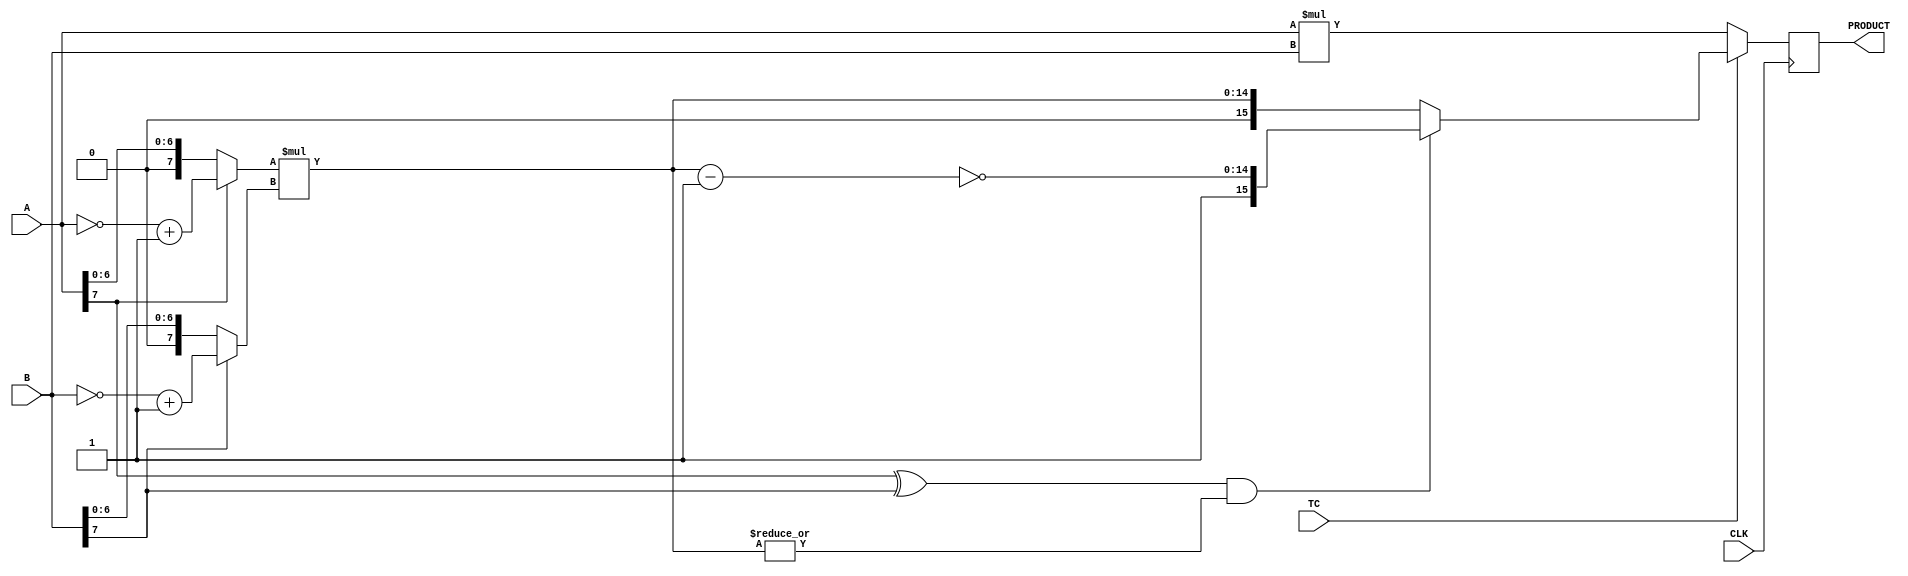
////////////////////////////////////////////////////////////////////////////////
//
//       This confidential and proprietary software may be used only
//     as authorized by a licensing agreement from Synopsys Inc.
//     In the event of publication, the following notice is applicable:
//
//                    (C) COPYRIGHT 1995 - 2015 SYNOPSYS INC.
//                           ALL RIGHTS RESERVED
//
//       The entire notice above must be reproduced on all authorized
//     copies.
//
//
// VERSION:   Simulation Architecture
//
// DesignWare_version: 5480fc40
// DesignWare_release: J-2014.09-DWBB_201409.2
//
////////////////////////////////////////////////////////////////////////////////
//-----------------------------------------------------------------------------------
//
// ABSTRACT:  Two-Stage Pipelined Multiplier
//           A_width-Bits * B_width-Bits => A_width+B_width Bits
//           Operands A and B can be either both signed (two's complement) or 
//	     both unsigned numbers. TC determines the coding of the input operands.
//           ie. TC = '1' => signed multiplication
//	         TC = '0' => unsigned multiplication
//
//
//            Move component from DW03 to DW02
//	Jay Zhu, Nov 29, 1999: remove unit delay
//---------------------------------------------------------------------------------
// 
//      WSFDB revision control info 
//		@(#)DW02_mult_2_stage.v	1.1
//
//---------------------------------------------------------------------------------
module DW02_mult_2_stage(A,B,TC,CLK,PRODUCT);
parameter	A_width = 8;
parameter	B_width = 8;
input	[A_width-1:0]	A;
input	[B_width-1:0]	B;
input			TC,CLK;
output	[A_width+B_width-1:0]	PRODUCT;

reg	[A_width+B_width-1:0]	PRODUCT;
wire	[A_width+B_width-1:0]	pre_product;

wire	[A_width-1:0]	temp_a;
wire	[B_width-1:0]	temp_b;
wire	[A_width+B_width-2:0]	long_temp1,long_temp2;

assign	temp_a = (A[A_width-1])? (~A + 1'b1) : A;
assign	temp_b = (B[B_width-1])? (~B + 1'b1) : B;

assign	long_temp1 = temp_a * temp_b;
assign	long_temp2 = ~(long_temp1 - 1'b1);

assign	pre_product = (TC)? (((A[A_width-1] ^ B[B_width-1]) && (|long_temp1))?
				{1'b1,long_temp2} : {1'b0,long_temp1})
			: A * B;

always @ (posedge CLK)
begin
	PRODUCT <= pre_product;
end

endmodule